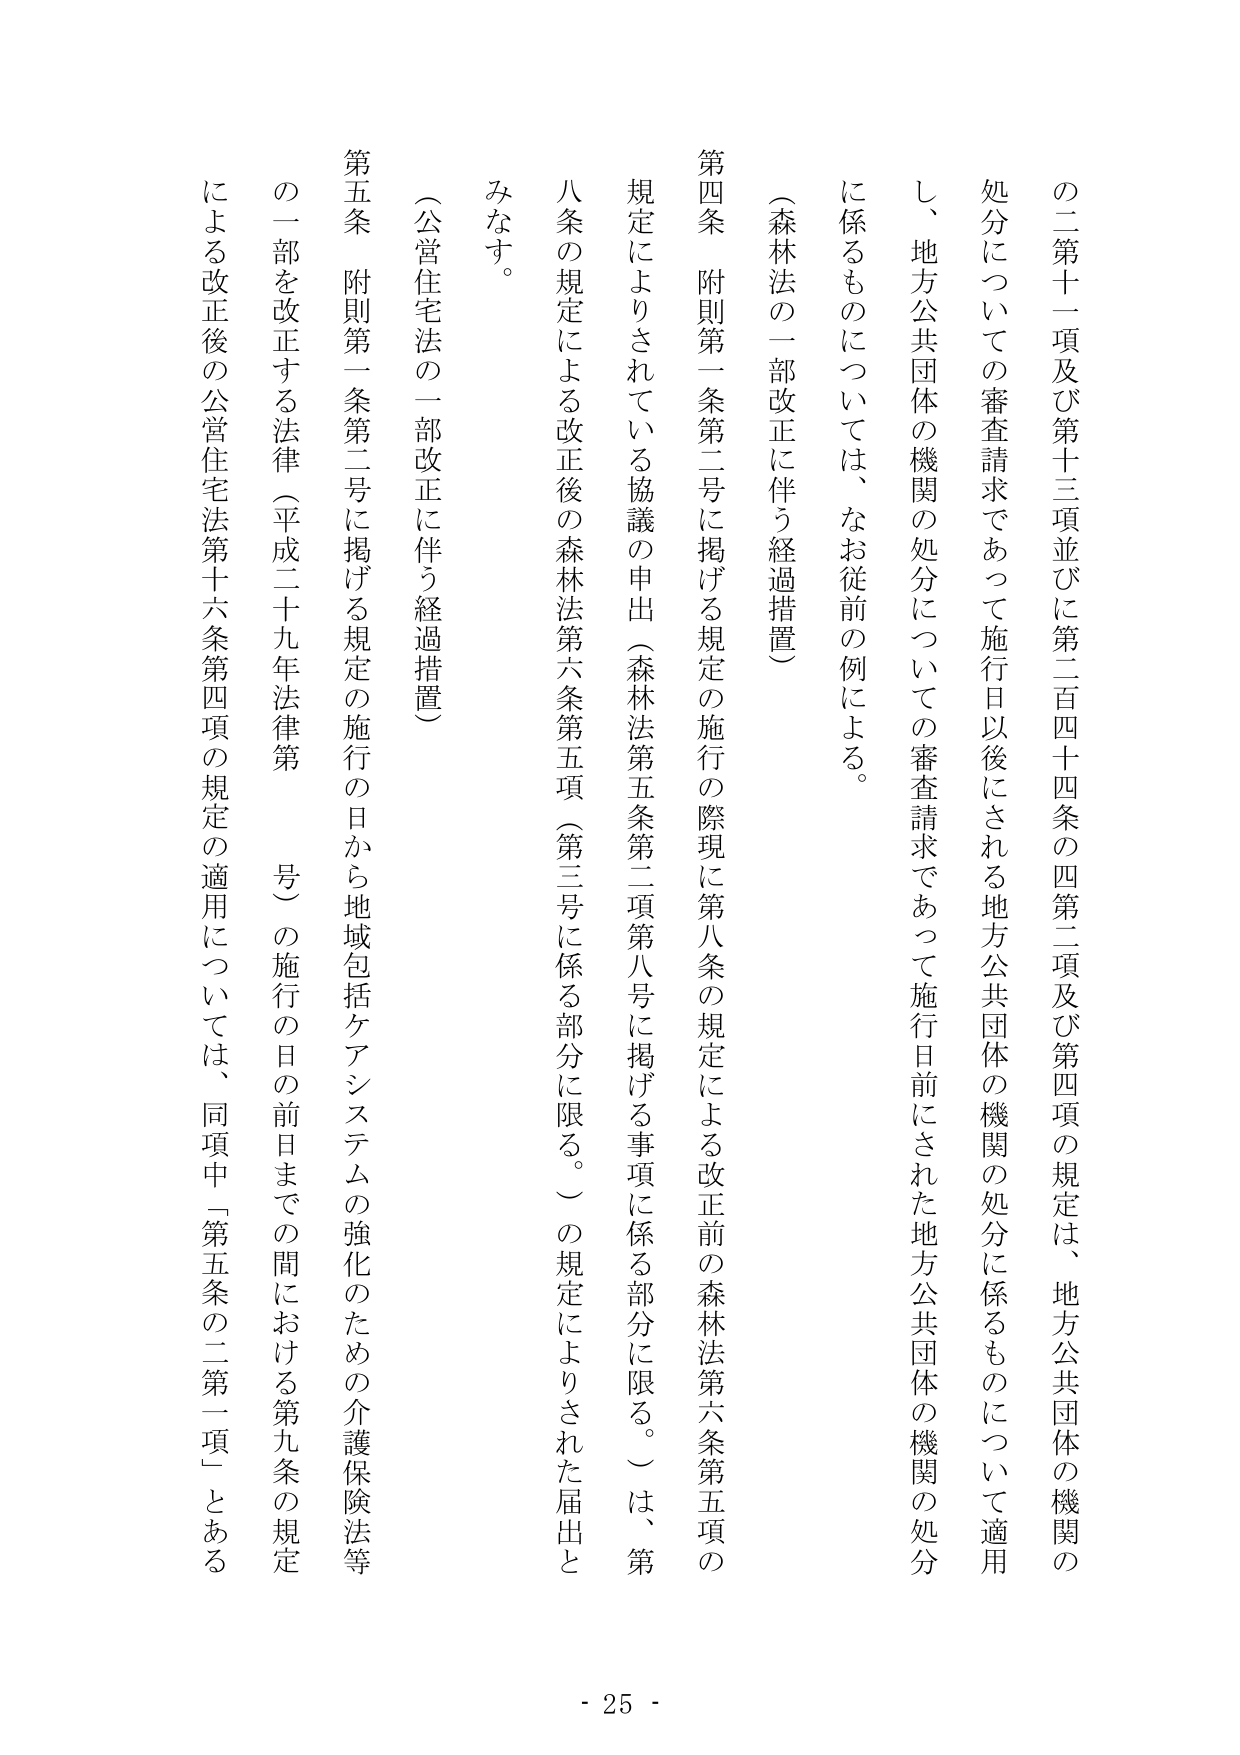
の二第十一項及び第十三項並びに第二百四十四条の四第二項及び第四項の規定は、地方公共団体の機関の処分についての審査請求であって施行日以後にされる地方公共団体の機関の処分に係るものについては、なお従前の例による。

（森林法の一部改正に伴う経過措置）

第四条 附則第一条第二号に掲げる規定の施行の際現に第八条の規定による改正前の森林法第六条第五項の規定によりされている協議の申出（森林法第五条第二項第八号に掲げる事項に係る部分に限る。）は、第八条の規定による改正後の森林法第六条第五項（第三号に係る部分に限る。）の規定によりされた届出とみなす。

（公営住宅法の一部改正に伴う経過措置）

第五条 附則第一条第二号に掲げる規定の施行の日から地域包括ケアシステムの強化のための介護保険法等の一部を改正する法律（平成二十九年法律第　　号）の施行の日の前日までの間における第九条の規定による改正後の公営住宅法第十六条第四項の規定の適用については、同項中「第五条の二第一項」とある

- 25 -